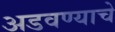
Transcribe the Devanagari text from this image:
अडवण्याचे